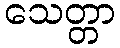
သေတ္တာ